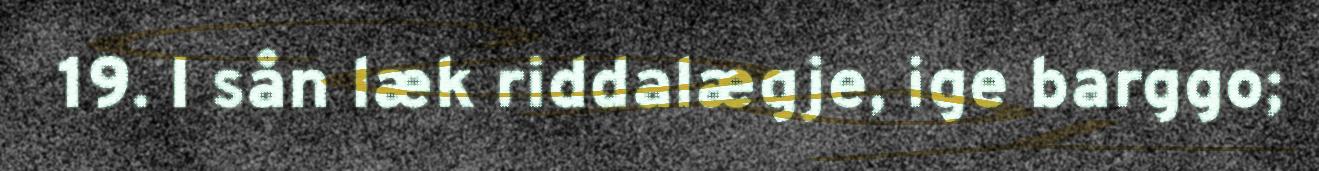
19. I sån læk riddalægje, ige barggo;